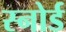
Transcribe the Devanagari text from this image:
स्नोर्ड